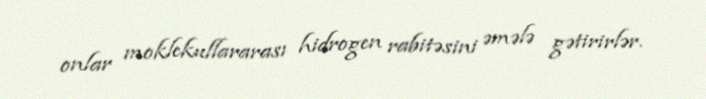
onlar moklekullararası hidrogen rabitəsini əmələ gətirirlər.